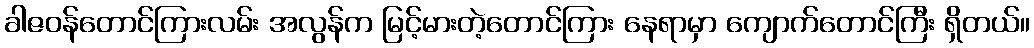
ခါဇဝန်တောင်ကြားလမ်း အလွန်က မြင့်မားတဲ့တောင်ကြား နေရာမှာ ကျောက်တောင်ကြီး ရှိတယ်။